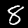
Label: 8